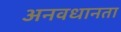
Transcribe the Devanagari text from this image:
अनवधानता